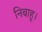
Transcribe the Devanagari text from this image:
निबाहू।